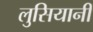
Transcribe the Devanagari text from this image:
लुसियानी